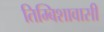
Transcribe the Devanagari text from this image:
तिम्बिशावासी